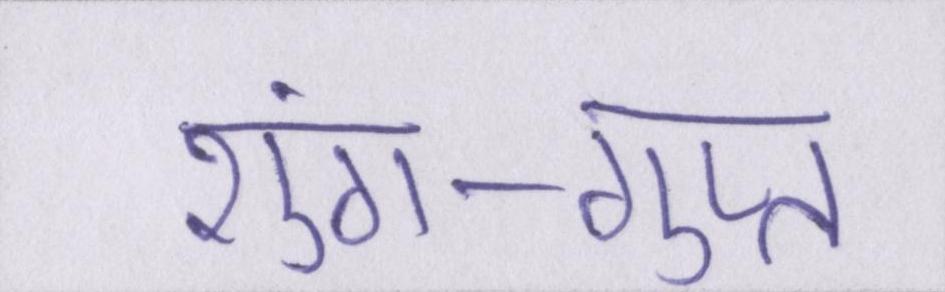
शुंग-गुप्त